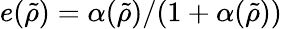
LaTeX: e(\tilde{\rho})=\alpha(\tilde{\rho})/(1+\alpha(\tilde{\rho}))